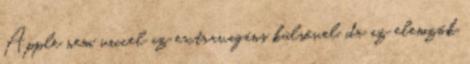
Apple nem viccel az extravagáns külsővel, de az elemzők